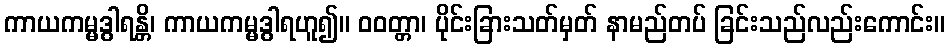
ကာယကမ္မဒွါရန္တိ၊ ကာယကမ္မဒွါရဟူ၍။ ဝဝတ္တာ၊ ပိုင်းခြားသတ်မှတ် နာမည်တပ် ခြင်းသည်လည်းကောင်း။